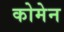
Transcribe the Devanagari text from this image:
कोमेन